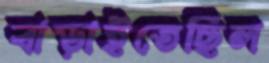
বাড়াইতেছিল